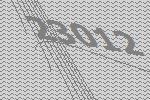
23012